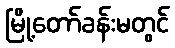
မြို့တော်ခန်းမတွင်